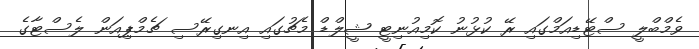
ވެމްބްލީ ސްޓޭޑިއަމްގައި ރޭ ކުޅުނު ކޮމިއުނިޓީ ޝީލްޑް މެޗުގައި އިނގިރޭސި ޗެމްޕިއަން ލެސްޓާގެ